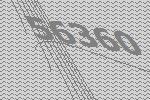
56360